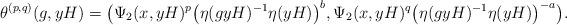
LaTeX: \begin{align*} \theta^{(p,q)}(g,yH)= \big(\Psi_2(x,yH)^p \big(\eta(gyH)^{-1}\eta(yH)\big)^b, \Psi_2 (x,yH)^q\big(\eta(gyH)^{-1}\eta(yH)\big)^{-a}\big). \end{align*}